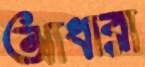
আধারা